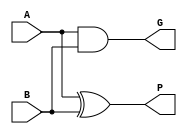
module GP(A,B,G,P);
input A,B;
output G,P;
assign G = A&B;
assign P = A^B;
endmodule